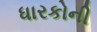
ધારકોની